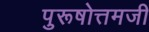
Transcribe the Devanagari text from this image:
पुरूषोत्तमजी